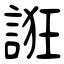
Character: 誑